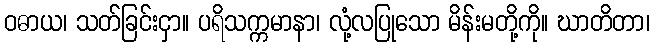
ဝဓာယ၊ သတ်ခြင်းငှာ။ ပရိသက္ကမာနာ၊ လုံ့လပြုသော မိန်းမတို့ကို။ ဃာတိတာ၊